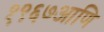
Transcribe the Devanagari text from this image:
१९६७आणि